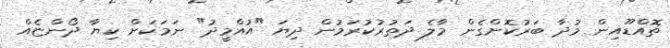
ތޮއްޑޫއިން މުދާ ބަރުކޮށްގެން މާލެ ދަތުރުކުރަމުން ދިޔަ "އުއްމީދު" ނަމަކަށް ކިޔާ ދޯންޏެއް